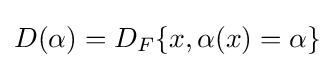
D(\alpha )=D_{F}\{x,\alpha (x)=\alpha \}